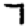
Digit: 7